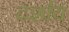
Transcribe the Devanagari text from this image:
दर्शाय